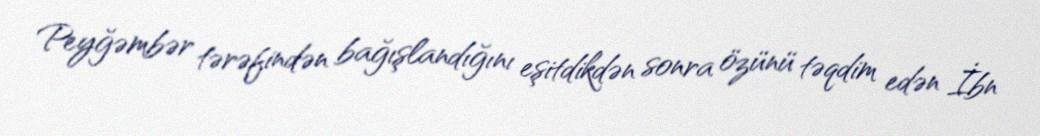
Peyğəmbər tərəfindən bağışlandığını eşitdikdən sonra özünü təqdim edən İbn